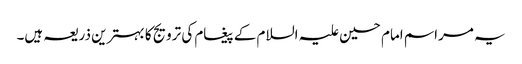
یہ مراسم امام حسین علیہ السلام کے پیغام کی ترویج کا بہترین ذریعہ ہیں۔